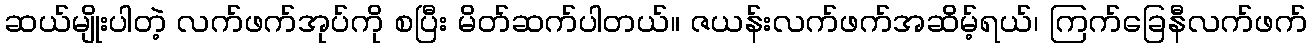
ဆယ်မျိုးပါတဲ့ လက်ဖက်အုပ်ကို စပြီး မိတ်ဆက်ပါတယ်။ ဇယန်းလက်ဖက်အဆိမ့်ရယ်၊ ကြက်ခြေနီလက်ဖက်